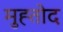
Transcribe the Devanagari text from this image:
मुह्तोद